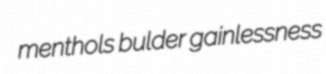
menthols bulder gainlessness